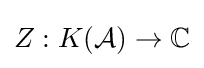
Z:K({\mathcal {A}})\to \mathbb {C}